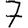
Digit: 7